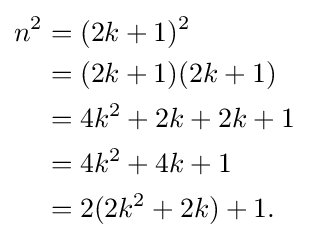
{\begin{aligned}n^{2}&=(2k+1)^{2}\\&=(2k+1)(2k+1)\\&=4k^{2}+2k+2k+1\\&=4k^{2}+4k+1\\&=2(2k^{2}+2k)+1.\end{aligned}}